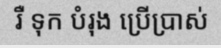
រឺ ទុក បំរុង ប្រើប្រាស់